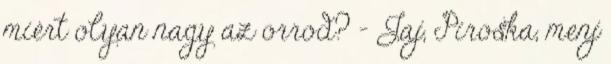
miért olyan nagy az orrod? - Jaj, Piroska, menj